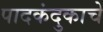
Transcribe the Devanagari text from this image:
पादकंदुकाचे